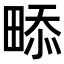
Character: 𤲖